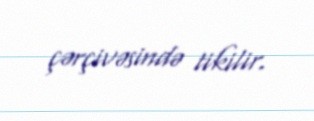
çərçivəsində tikilir.